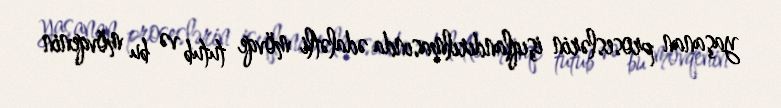
yaşanan proseslərin işıqlandırılmasında ədalətli mövqe tutub və bu mövqenin